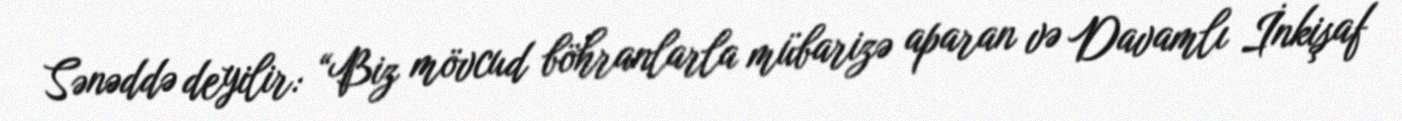
Sənəddə deyilir: “Biz mövcud böhranlarla mübarizə aparan və Davamlı İnkişaf